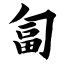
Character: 匐